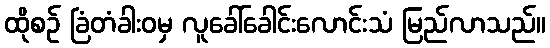
ထိုစဉ် ခြံတံခါးဝမှ လူခေါ်ခေါင်းလောင်းသံ မြည်လာသည်။